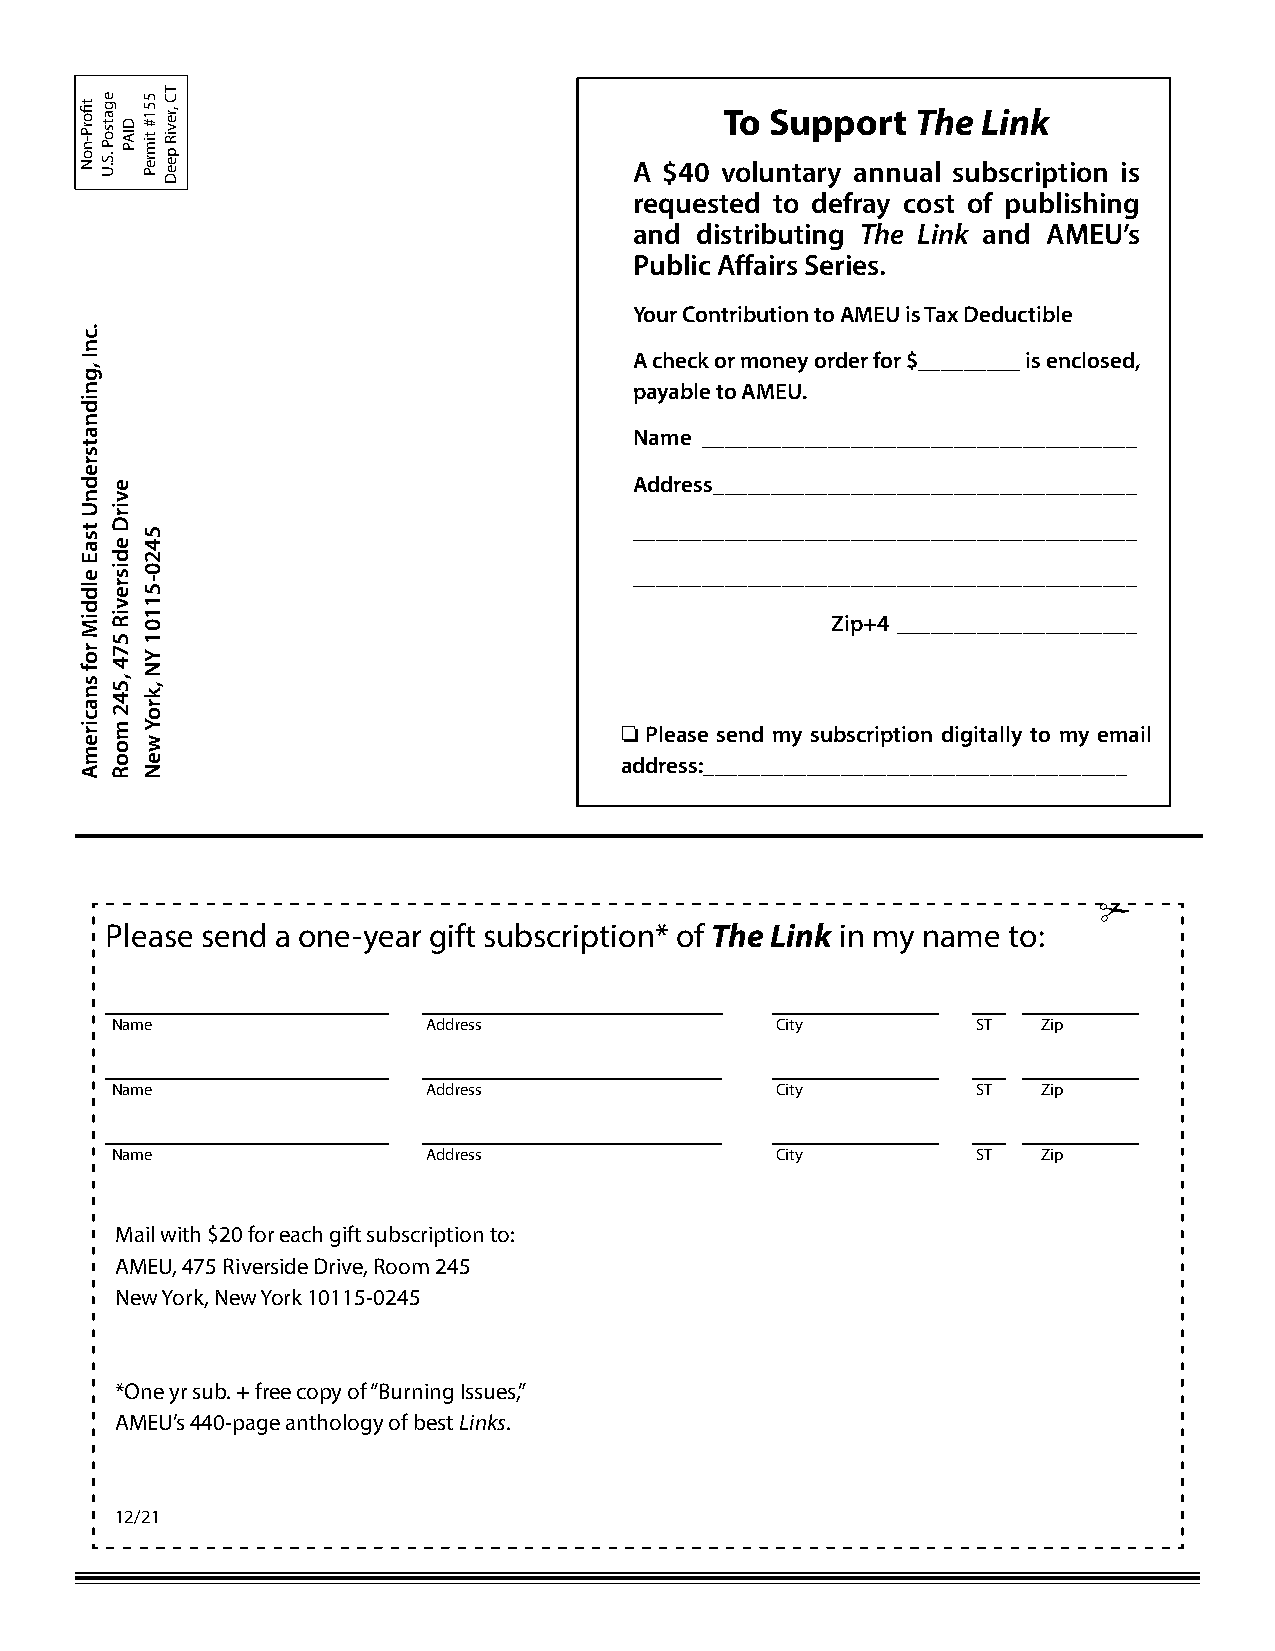
The Link                         www.ameu.org                         Page 16
 To Support   The Link
 A $40 voluntary annual subscription is
 requested to defray cost of publishing
 and distributing The Link and AMEU’s
 Public Affairs Series.
 Your Contribution to AMEU is Tax Deductible
 A check or money order for $_________ is enclosed,
 payable to AMEU.
 Name ______________________________________
 Address _____________________________________
 ____________________________________________
 ____________________________________________
 Zip+4 _____________________
 o Please send my subscription digitally to my email
 address:_____________________________________
 Please send a one-year gift subscription* of The Link in my name to:
 _________________    __________________     __________   __  _______
 Name                 Address                City          ST  Zip
 _________________    __________________     __________   __  _______
 Name                 Address                City          ST  Zip
 _________________    __________________     __________   __  _______
 Name                 Address                City          ST  Zip
 Mail with $20 for each gift subscription to:
 AMEU, 475 Riverside Drive, Room 245
 New York, New York 10115-0245
 *One yr sub. + free copy of “Burning Issues,”
 AMEU’s 440-page anthology of best Links.
 12/21
 tfiorP-noN
 .cnI
 ,gnidnatsrednU
 tsaE
 elddiM
 rof
 snaciremA
 egatsoP
 .S.U
 evirD
 edisreviR
 574
 ,542
 mooR
 DIAP
 551#
 timreP
 5420-51101
 YN
 ,kroY
 weN
 TC
 ,reviR
 peeD